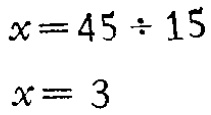
\[

\begin{align*}

x&=45\div15\\

x&=3

\end{align*}

\]